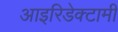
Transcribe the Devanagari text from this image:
आइरिडेक्टामी